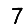
Digit: 7